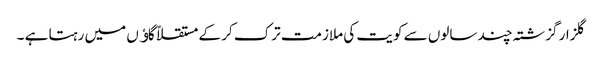
گلزار گزشتہ چند سالوں سے کویت کی ملازمت ترک کر کے مستقلاً گاﺅں میں رہتا ہے ۔